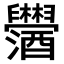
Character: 𫇓